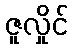
ဇူလှိုင်